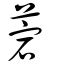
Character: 菪